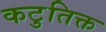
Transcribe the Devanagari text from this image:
कटुतिक्त